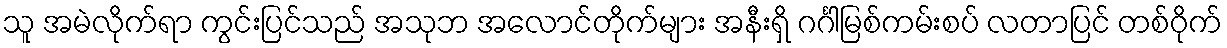
သူ အမဲလိုက်ရာ ကွင်းပြင်သည် အသုဘ အလောင်တိုက်များ အနီးရှိ ဂင်္ဂါမြစ်ကမ်းစပ် လတာပြင် တစ်ဝိုက်